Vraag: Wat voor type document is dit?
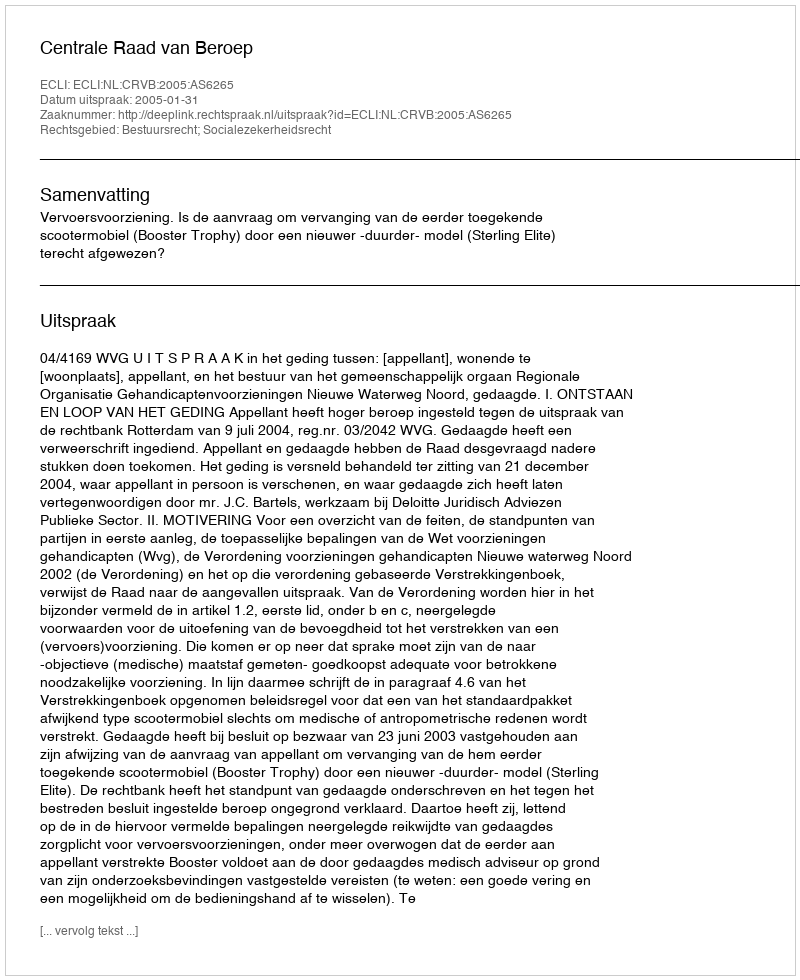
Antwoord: Uitspraak